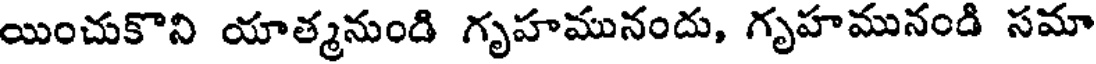
యించుకొని యాత్మనుండి గృహమునందు, గృహమునండి సమా